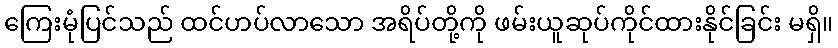
ကြေးမုံပြင်သည် ထင်ဟပ်လာသော အရိပ်တို့ကို ဖမ်းယူဆုပ်ကိုင်ထားနိုင်ခြင်း မရှိ။